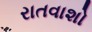
રાતવાશો